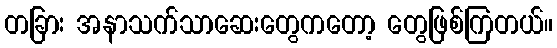
တခြား အနာသက်သာဆေးတွေကတော့ တွေဖြစ်ကြတယ်။